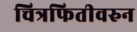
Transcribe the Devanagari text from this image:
चित्रफितीवरुन